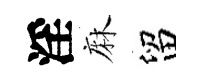
淫麻留